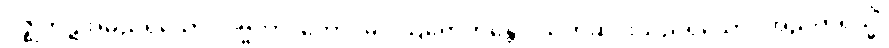
ဂိဇ္ဈကုဋ်အမည်ရှိသော။ ပဗ္ဗတာ၊ တောင်မှ။ ဩရောဟန္တော၊ သက်ဆင်းသည်ရှိသော်။ အညတရိသ္မိံ၊